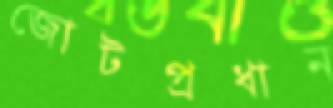
জোটপ্রধান